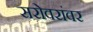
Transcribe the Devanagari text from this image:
सरोवरांवर